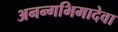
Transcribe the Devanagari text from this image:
अनन्गभिमादेवा